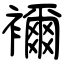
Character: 襧